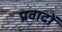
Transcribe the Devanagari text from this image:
प्रवादों